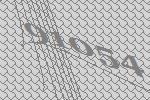
91054